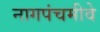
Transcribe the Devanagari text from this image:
नागपंचमीवे